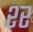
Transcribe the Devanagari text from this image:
श्‍र